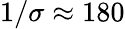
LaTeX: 1/\sigma\approx 180